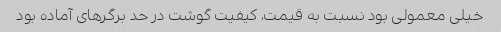
خیلی معمولی بود نسبت به قیمت، کیفیت گوشت در حد برگر‌های آماده بود